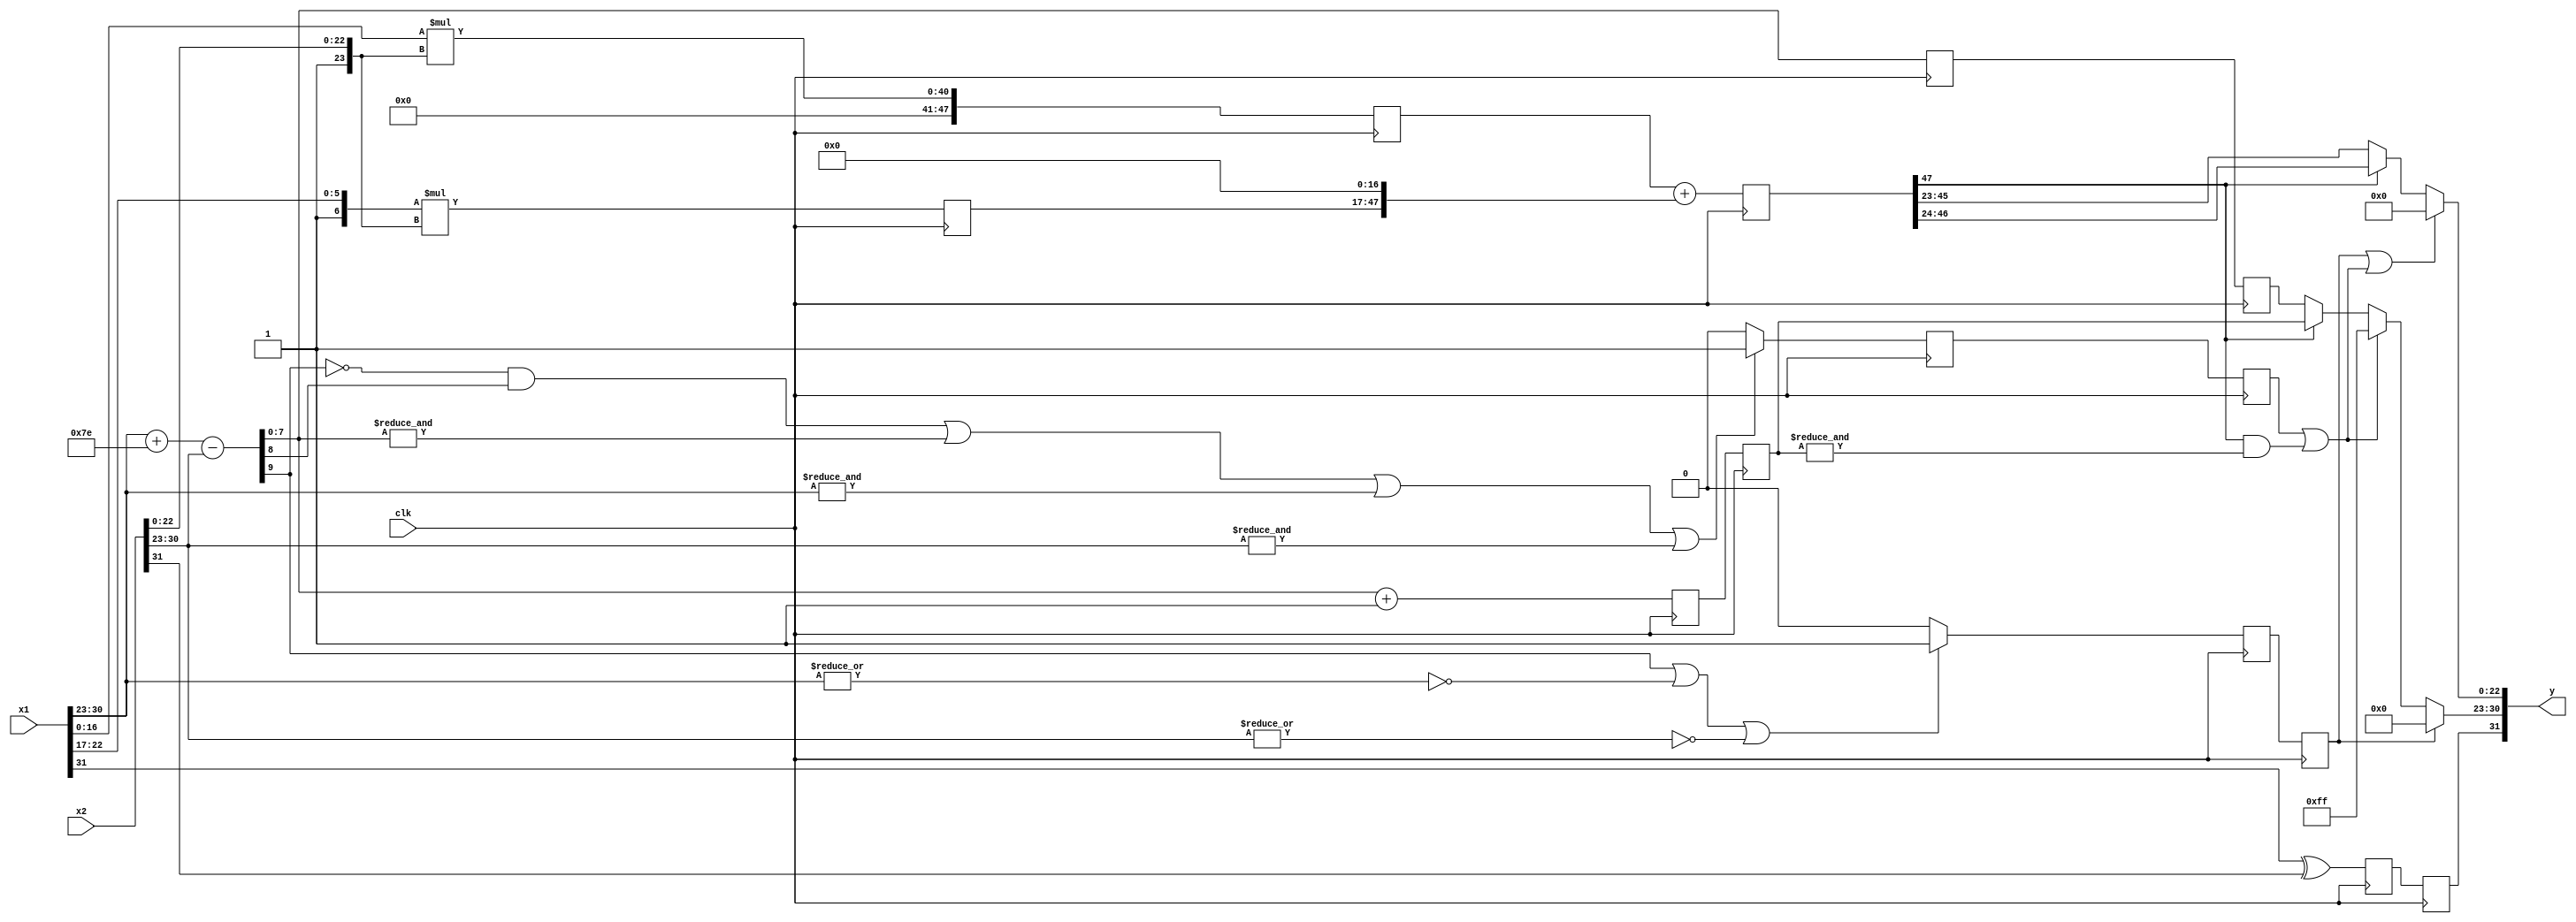
`default_nettype none
`timescale 1ns / 1ps
//////////////////////////////////////////////////////////////////////////////////
// Company: 
// 
// Design Name: fmul 
// Module Name: fmul
// Project Name: CP
// Target Devices: 
// Tool Versions: 
// Description: 
// 
// Dependencies: 
// 
// Revision:
// Revision 0.01 - File Created
//////////////////////////////////////////////////////////////////////////////////
//e = 00(m = 0)
//e = 255(m = 0)

module fmul_for_fdiv_300(
    input wire clk,
    input wire [31:0] x1,
    input wire [31:0] x2,
    output wire [31:0] y
    );
    wire s1 = x1[31];
    wire s2 = x2[31];
    wire [8-1:0] e1 = x1[30:23];
    wire [8-1:0] e2 = x2[30:23];
    wire [23-1:0] m1 = x1[22:0];
    wire [23-1:0] m2 = x2[22:0];
    reg sy;
    wire [9:0] eyp = e1 + 9'd126 - e2;
    wire [9:0] eypi = eyp + 1 ;
    reg [47:0] p2;// ;
    
    reg [7:0] eyp_2, eypi_2;
    reg underflow;
    reg ovf_f;
    reg [47:0] p1;
    
    always @(posedge clk) begin
            p1 <=  m1[16:0] * {1'b1, m2};
            ovf_f <= (~eyp[9] && eyp[8]) || &(eyp[7:0]) || &(e1) || &(e2) ? 1 : 0;
            underflow <= eyp[9] || ~(|e1) || ~(|e2) ? 1 : 0;
            eyp_2 <= eyp;
            eypi_2 <= eypi;
            sy <= s1 ^ s2;
            p2 <= {1'b1, m1[22:17]} * {1'b1, m2};
    end
    
    //wire [47:0] my1 = p1 + {p2, 17'b0};
    reg [47:0] my1;
    reg ovf_f_1, underflow_1, sy_1;
    reg [7:0] eypi_3, eyp_3;
    always @(posedge clk) begin
        my1 <= p1 + {p2, 17'b0};
        ovf_f_1 <= ovf_f;
        eypi_3 <= eypi_2;
        underflow_1 <= underflow;
        sy_1 <= sy;
        eyp_3 <= eyp_2;
    end
    wire ovf = ovf_f_1 || (my1[47] && &(eypi_3[7:0]));
    wire [7:0] ey = underflow_1 ? 8'b00000000 : 
                    ovf ? 8'b11111111 : 
                    my1[47] ? eypi_3 : eyp_3;
    wire [22:0] my = (underflow_1 || ovf) ? 23'b0 : my1[47] ? my1[46:24] : my1[45:23];
    assign y = {sy_1, ey, my};
endmodule

`default_nettype wire